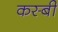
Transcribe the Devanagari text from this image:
कस्बी